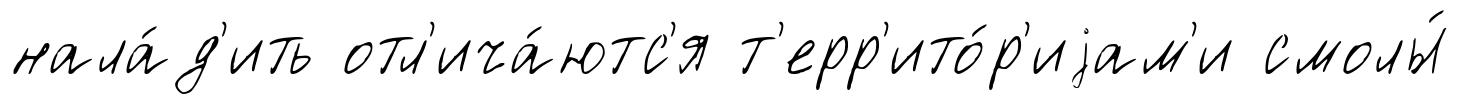
нала́д'ить отл'ича́ютс'я т'ерр'ито́р'иjам'и смолы́